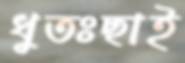
ধুতঃছাই